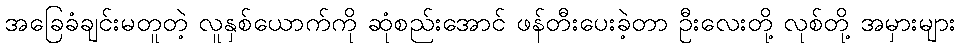
အခြေခံချင်းမတူတဲ့ လူနှစ်ယောက်ကို ဆုံစည်းအောင် ဖန်တီးပေးခဲ့တာ ဦးလေးတို့ လုစ်တို့ အမှားများ